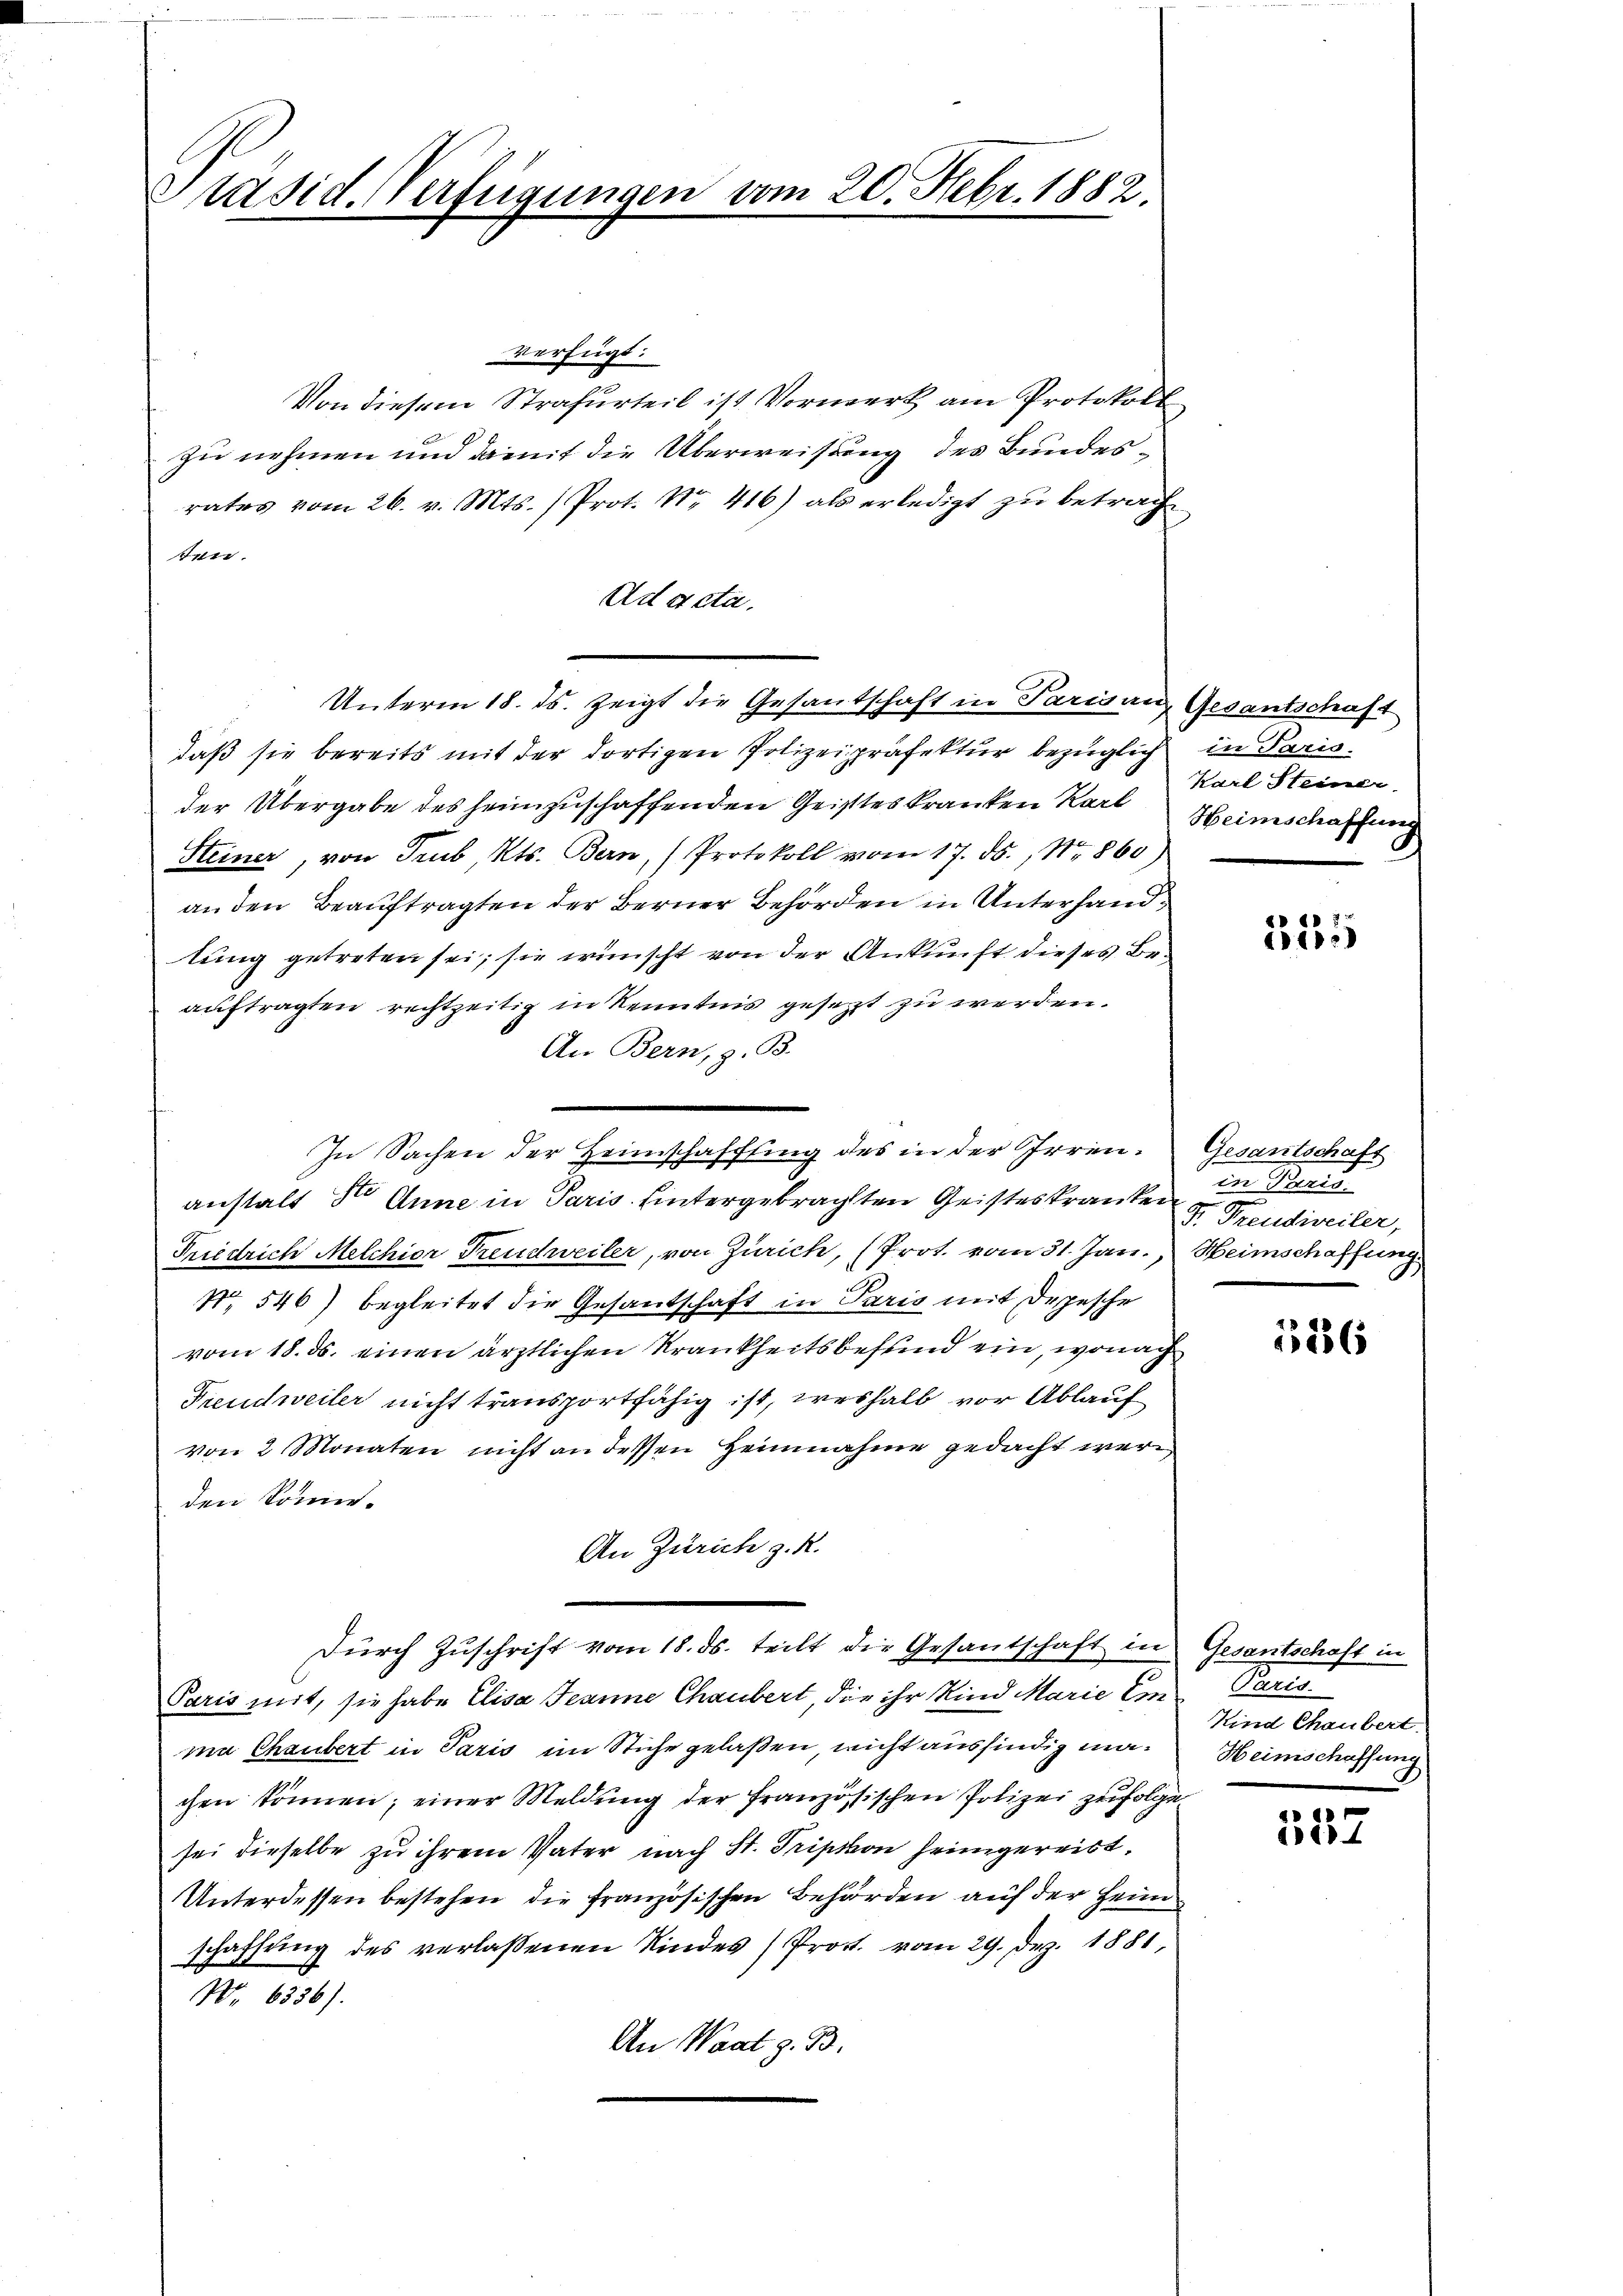
Präsid. Verfügungen vom 20. Febr. 1882.

verfügt:
Von diesem Strafurteil ist Vormerk am Protokoll
Zu nehmen und damit die Überweisung des Bundesrates vom 26. v. Mts. (Prot. Nr. 416) als erledigt zŭ betrach
tr.
Ad acta.
daß sie bereits mit der dortigen Polizeipräfektur bezüglich in Paris.
der Übergabe des heimzuschaffenden Geisteskranken Karl Heimschaffung
Steiner, von Trub Kts. Bern, (Protokoll vom 17. ds. No 860)
an den Beauftragten der Berner Behörden in Unterhandtung getreten sei; sie wünscht von der Ankunft dieses Beauftragten rechtzeitig in Kenntnis gesetzt zu werden.
An Bern, z. B.
In Sachen der Heimschaffung des in der Irrenanstalt der Anna in Paris hintergebragten Geisteskranken
Friedrich Melchior Freudweiler, von Zürich, (Prot. vom 31. Jan. Heimschaffung
No 546) begleitet die Gesandschaft in Paris mit Depesche
vom 18. ds. einen ärztlichen Krankheitsbefund ein, wonach
Freudweiler nicht transportfähig ist, weshalb vor Ablauf
von 2 Monaten nicht an dessen Heimnahme gedacht werden könne.
An Zürich z. R.
Dŭrch Zuschrift vom 18. ds. teilt die Gesantschaft in Gesantschaft in
Paris mit, sie habe Elisa Jeanne Chaubert, die ihr Kind Marie Emma Chaubert in Paris im Stiche gelaßen, nicht ausfindig machen können; einer Meldung der französischen Polizei zufolge
sei dieselbe zu ihrem Vater nach St. Tription heimgereibt,
Unterdessen bestehen die französischen Behörden auf der Heim
schaffŭng des verlassenen Kindes Prost. vom 29. Dez. 1881,
No 6336).
An Waat z. B.

Unterm 18. ds. zeigt die Gesantschaft in Parisung Gesantschaft

Karl Steiner

355

Gesantschaft
in Paris.
F. Freudweiler,

526

Pate
Kind Chaubert.
Heimschaffung

327